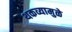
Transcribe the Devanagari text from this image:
थकव्यामुळे